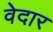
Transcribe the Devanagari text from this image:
वेदार